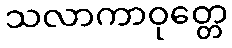
သလာကာဝုတ္တေ